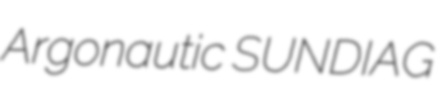
Argonautic SUNDIAG